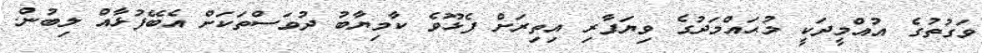
ވަގުތުގެ އުއްމީދަކީ މުޙައްމަދުގެ ވިޔަފާރި އިތިރަށް ފެޅޫވެ ކާމިޔާބު ދުވަސްތަކަށް އެބޭފުޅާއް ލިބުން.